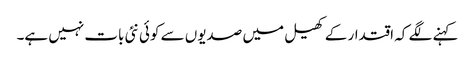
کہنے لگے کہ اقتدار کے کھیل میں صدیوں سے کوئی نئی بات نہیں ہے۔